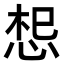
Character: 𭜷